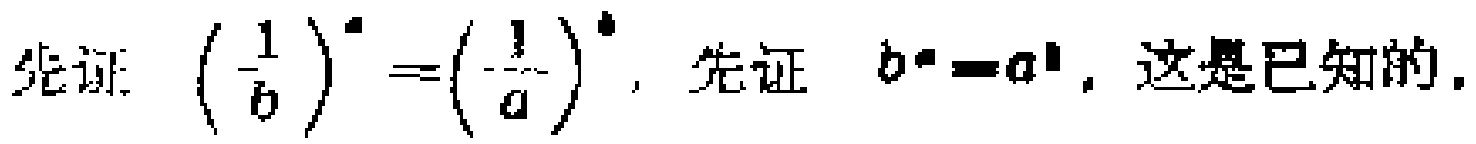
先证: $\left(\frac{1}{b}\right)^{a}=\left(\frac{1}{a}\right)^{b}$, 先证 $b^{a}=a^{b}$, 这是已知的.